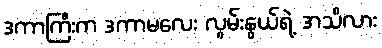
ဒကာကြီးက ဒကာမလေး လွမ်းနွယ်ရဲ့ အသိလား